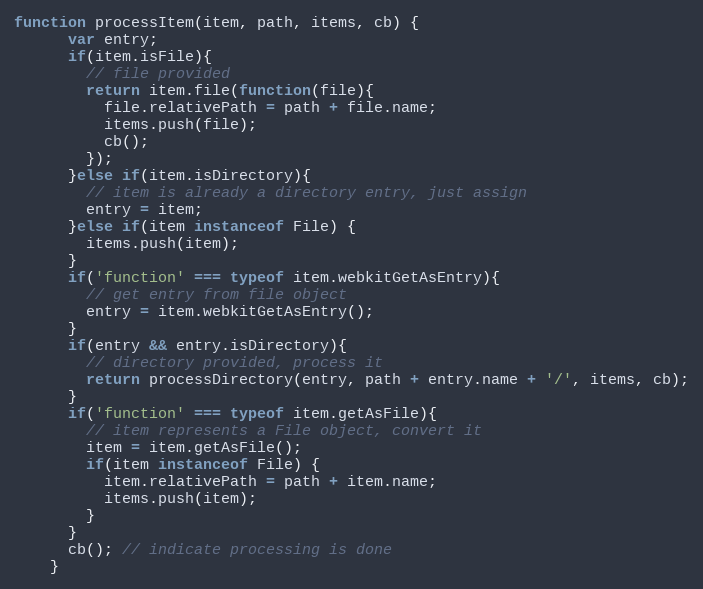
Language: JavaScript
function processItem(item, path, items, cb) {
      var entry;
      if(item.isFile){
        // file provided
        return item.file(function(file){
          file.relativePath = path + file.name;
          items.push(file);
          cb();
        });
      }else if(item.isDirectory){
        // item is already a directory entry, just assign
        entry = item;
      }else if(item instanceof File) {
        items.push(item);
      }
      if('function' === typeof item.webkitGetAsEntry){
        // get entry from file object
        entry = item.webkitGetAsEntry();
      }
      if(entry && entry.isDirectory){
        // directory provided, process it
        return processDirectory(entry, path + entry.name + '/', items, cb);
      }
      if('function' === typeof item.getAsFile){
        // item represents a File object, convert it
        item = item.getAsFile();
        if(item instanceof File) {
          item.relativePath = path + item.name;
          items.push(item);
        }
      }
      cb(); // indicate processing is done
    }